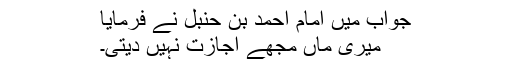
جواب میں امام احمد بن حنبل نے فرمایا
میری ماں مجھے اجازت نہیں دیتی۔